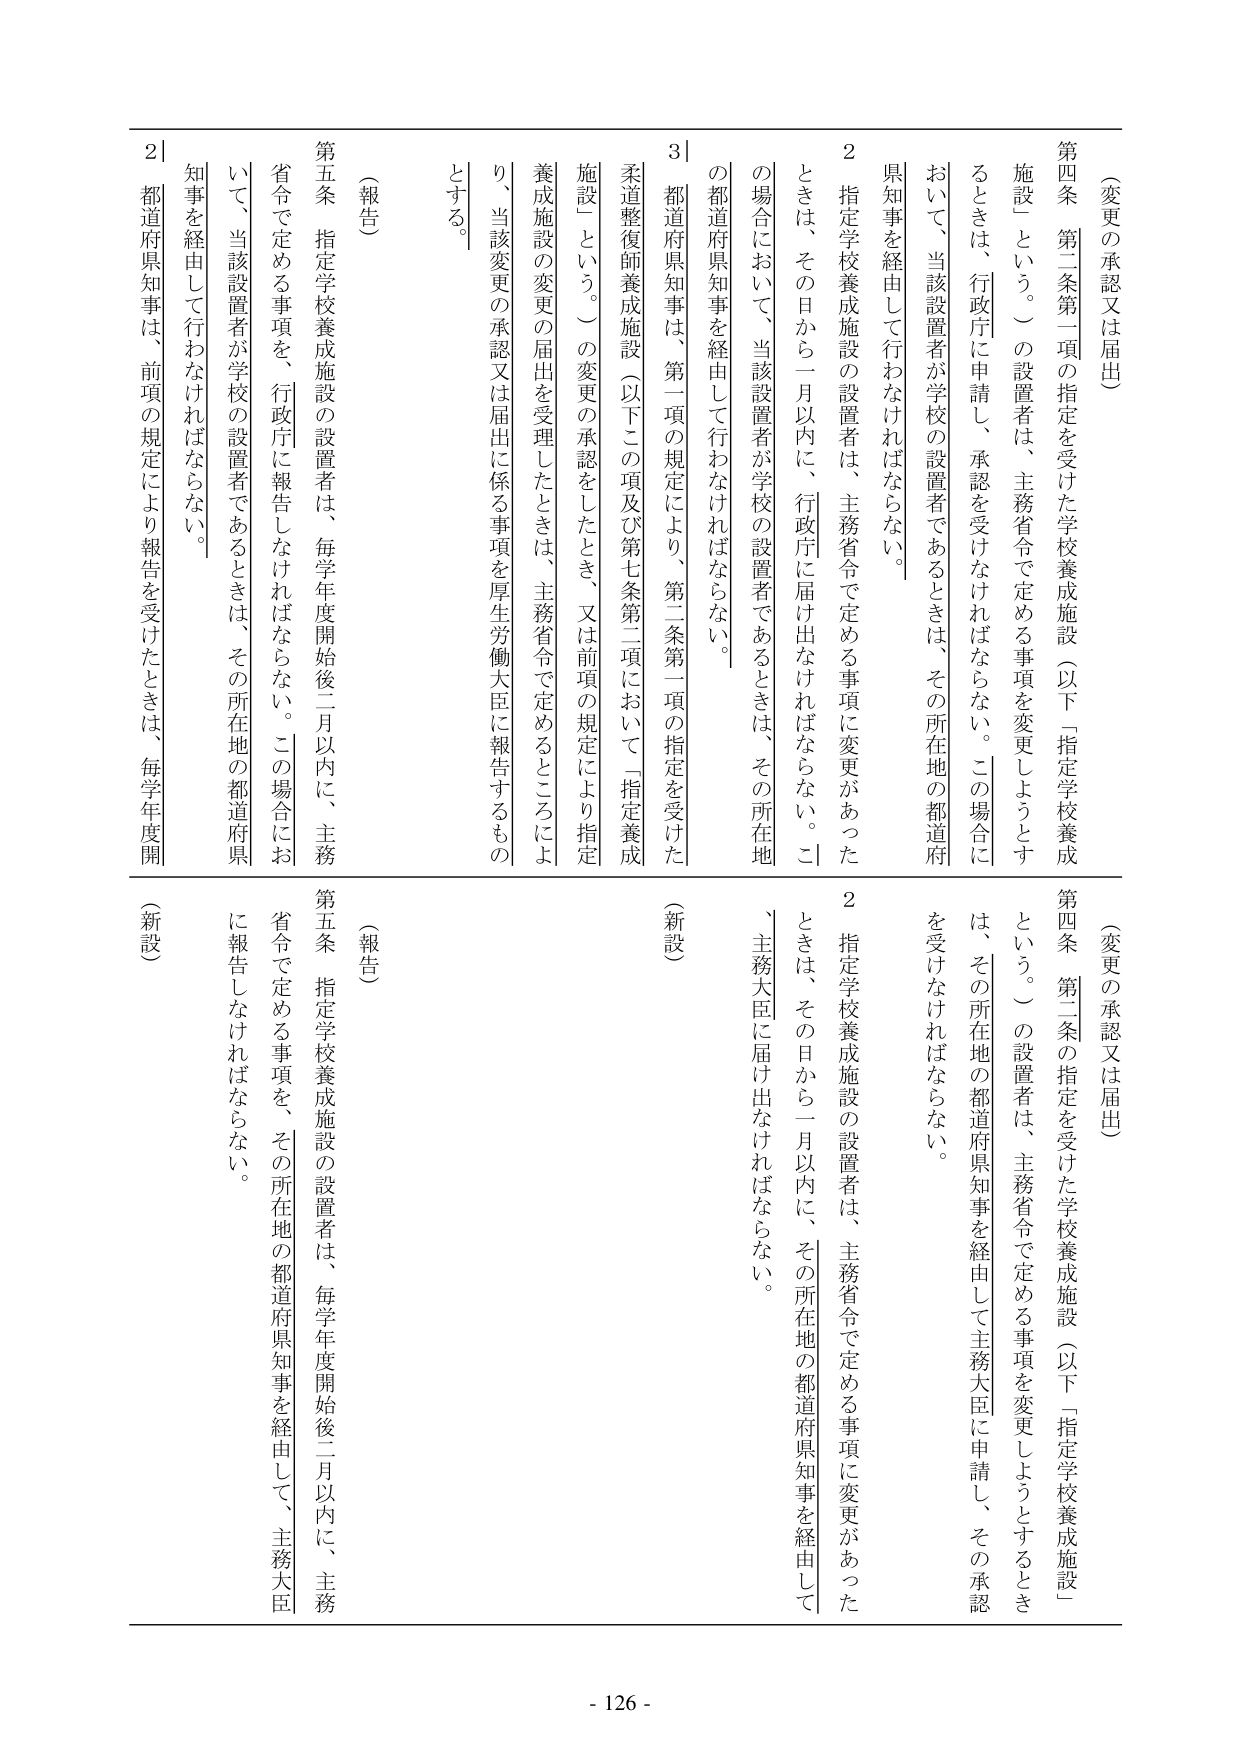
（変更の承認又は届出）

第四条 第二条第一項の指定を受けた学校養成施設（以下「指定学校養成施設」という。）の設置者は、主務省令で定める事項を変更しようとするときは、行政庁に申請し、承認を受けなければならない。この場合において、当該設置者が学校の設置者であるときは、その所在地の都道府県知事を経由して行わなければならない。

２ 指定学校養成施設の設置者は、主務省令で定める事項に変更があったときは、その日から一月以内に、行政庁に届け出なければならない。この場合において、当該設置者が学校の設置者であるときは、その所在地の都道府県知事を経由して行わなければならない。

３ 都道府県知事は、第一項の規定により、第二条第一項の指定を受けた柔道整復師養成施設（以下この項及び第七条第二項において「指定養成施設」という。）の変更の承認をしたとき、又は前項の規定により指定養成施設の変更の届出を受理したときは、主務省令で定めるところにより、当該変更の承認又は届出に係る事項を厚生労働大臣に報告するものとする。

（報告）

第五条 指定学校養成施設の設置者は、毎学年度開始後二月以内に、主務省令で定める事項を、行政庁に報告しなければならない。この場合において、当該設置者が学校の設置者であるときは、その所在地の都道府県知事を経由して行わなければならない。

２ 都道府県知事は、前項の規定により報告を受けたときは、毎学年度開

（変更の承認又は届出）

第四条 第二条の指定を受けた学校養成施設（以下「指定学校養成施設」という。）の設置者は、主務省令で定める事項を変更しようとするときは、その所在地の都道府県知事を経由して主務大臣に申請し、その承認を受けなければならない。

２ 指定学校養成施設の設置者は、主務省令で定める事項に変更があったときは、その日から一月以内に、その所在地の都道府県知事を経由して、主務大臣に届け出なければならない。

（新設）

（報告）

第五条 指定学校養成施設の設置者は、毎学年度開始後二月以内に、主務省令で定める事項を、その所在地の都道府県知事を経由して、主務大臣に報告しなければならない。

（新設）

- 126 -